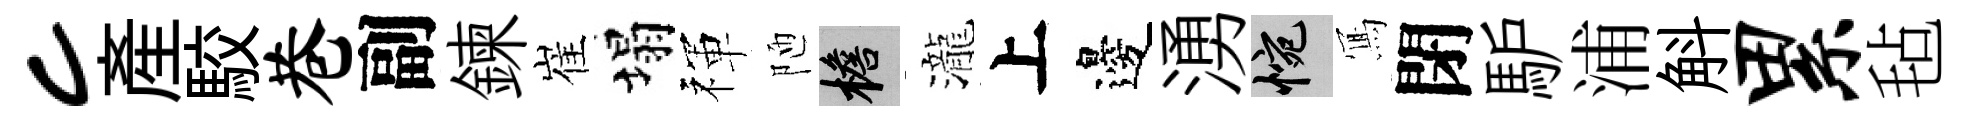
c産駮巷副鍊崔塌禈陋檐瀧上邊湧惋𭂁閉馿浦斛累毡